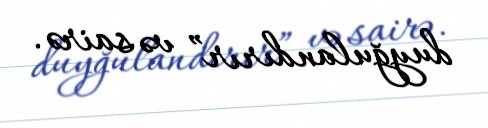
duyğulandırır” və sairə.